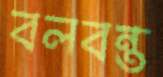
বলবন্ত